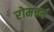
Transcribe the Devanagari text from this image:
रोमचर्म